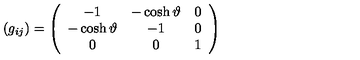
( g _ { i j } ) = \left( \begin{array} { c c c } { - 1 } & { - \cosh \vartheta } & { 0 } \\ { - \cosh \vartheta } & { - 1 } & { 0 } \\ { 0 } & { 0 } & { 1 } \\ \end{array} \right)